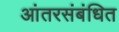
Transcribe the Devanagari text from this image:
आंतरसंबंधित